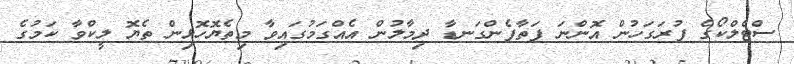
ސްޓެލްކޯގެ ފުރަގަހުން އޮންނަ ފަތާފެންގަނޑާ ދިމާލުން އެއްގަމުގައިވާ މިތެޔޮހޮޅިން ތެޔޮ ލީކްވާ ކަމުގެ